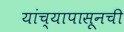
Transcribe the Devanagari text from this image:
यांच्यापासूनची